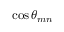
\cos \theta _ { m n }